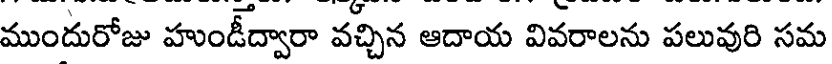
ముందురోజు హుండీద్వారా వచ్చిన ఆదాయ వివరాలను పలువురి సమ